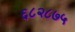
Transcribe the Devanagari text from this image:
६८२८७५